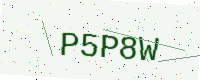
Text: P5P8W